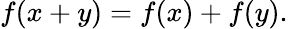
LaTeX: f(x+y)=f(x)+f(y).